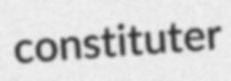
constituter